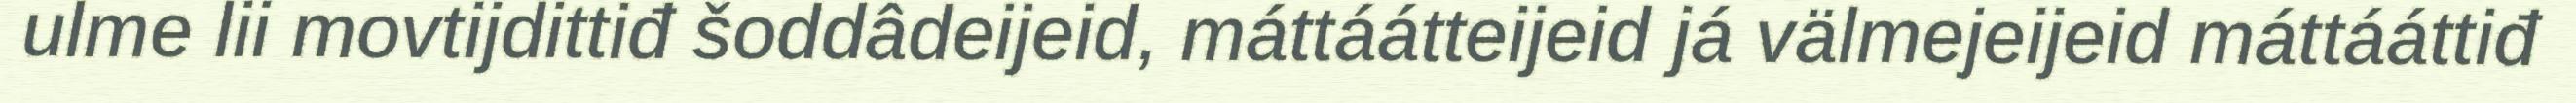
ulme lii movtijdittiđ šoddâdeijeid, máttáátteijeid já välmejeijeid máttááttiđ